Report of an investigation into the causes of malaria in Bombay and the measures necessary for its control
Disease focus: Malaria
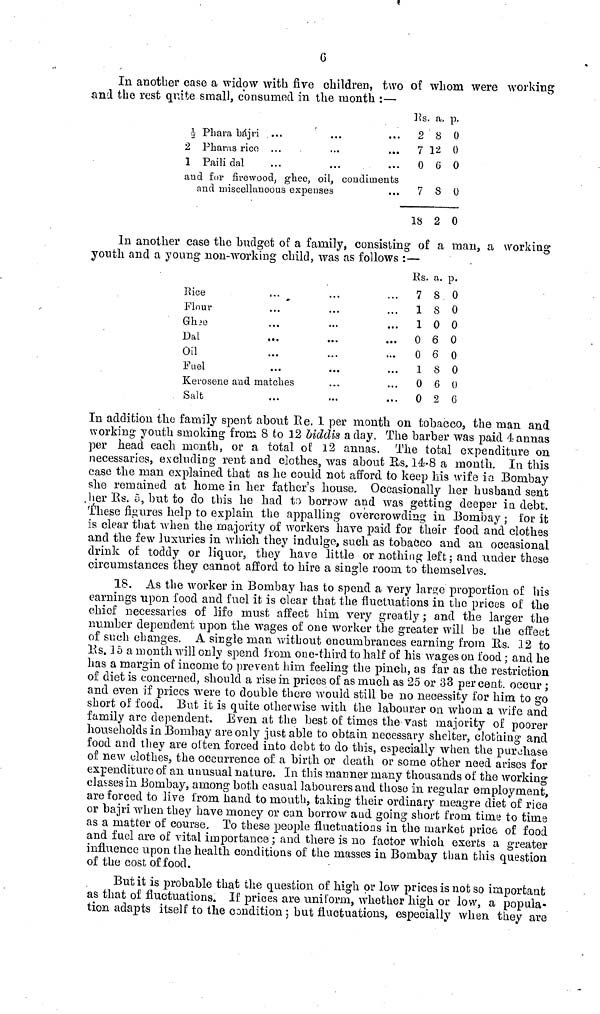
G
In another case a widow with five children, two of whom were working
and the rest quite small, consumed in the month :—
1/2 Phara bájri ...
2 Pharas rice ...
...
...
I Paili dal
and for firewood, ghee, oil, condiments
and miscellaneous expenses
Us.
2
7
0
7
18
a.
8
12
6
S
2
p.
0
0
0
0
0
In another case the budget of a family, consisting of a man, a working
youth and a young non-working child, was as follows :—
Rice
Flour
Ghee
Dal
Oil
Fuel
Kerosene and matches
Salt
Es.
7
1
1
0
0
1
0
0
a.
S
8
0
6
6
8
6
2
p.
0
0
0
0
0
0
0
6
In addition the family spent about Re. 1 per month on tobacco, the man and
working youth smoking from 8 to 12 biddis a day, The barber was paid 4 annas
per head each month, or a total of 12 annas. The total expenditure on
necessaries, excluding rent and clothes, was about Us. 14-8 a month. In this
case the man explained that as he could not afford to keep his wife in Bombay
she remained at home in her father's house. Occasionally her husband sent
her Rs. 5, but to do this he had to borrow and was getting deeper in debt.
These figures help to explain the appalling overcrowding in Bombay ; for it
is clear that when the majority of workers have paid for their food and clothes
and the few luxuries in which they indulge, such as tobacco and an occasional
drink of toddy or liquor, they have little or nothing left; and under these
circumstances they cannot afford to hire a single room to themselves.
18. As the worker in Bombay has to spend a very large proportion of his
earnings upon food and fuel it is clear that the fluctuations in the prices of the
chief necessaries of life must affect him very greatly ; and the larger the
number dependent upon the wages of one worker the greater will be the effect
of such changes. A single man without encumbrances earning from Rs. 12 to
Rs. 15a month will only spend from one-third to half of his wages on food ; and he
has a margin of income to prevent him feeling the pinch, as far as the restriction
of diet is concerned, should a rise in prices of as much as 25 or 33 per cent. occur ;
and even if prices were to double there would still be no necessity for him to go
short of food. But it is quite otherwise with the labourer on whom a wife and
family are dependent. Even at the best of times the vast majority of poorer
households in Bombay are only just able to obtain necessary shelter, clothing and
food and they are of ten forced into debt to do this, especially when the purchase
of new clothes, the occurrence of a birth or death or some other need arises for
expenditure of an unusual nature. In this manner many thousands of the working
classes in Bombay, among both casual labourers and those in regular employment,
are forced to live from hand to mouth, taking their ordinary meagre diet of rice
or bajri when they have money or can borrow and going short from time to tinas
as a matter of course. To these people fluctuations in the market price of food
and fuel are of vital importance ; and there is no factor which exerts a greater
influence upon the health conditions of the masses in Bombay than this question
of the cost of food.
But it is probable that the question of high or low prices is not so important
as that of fluctuations. If prices are uniform, whether high or low, a popula-
tion adapts itself to the condition ; but fluctuations, especially when they are